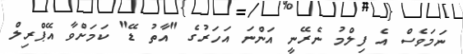
ނަމަވެސް އެ ފިލްމު ނެރޭނީ އަންނަ އަހަރުގެ "އާތު ޑޭ" ކަމަށްވާ އޭޕްރިލް